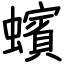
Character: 蠙